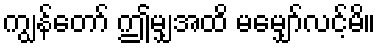
ကျွန်တော် ဤမျှအထိ မမျှော်လင့်မိ။